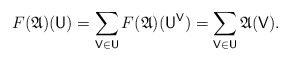
\begin{align*} F(\mathfrak A)(\mathsf U) = \sum_{\mathsf V \in \mathsf U} F(\mathfrak A)(\mathsf U^\mathsf{V}) = \sum_{\mathsf V \in \mathsf U}\mathfrak A(\mathsf V).\end{align*}